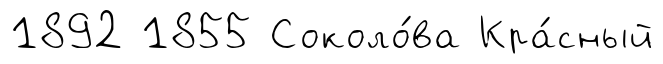
1892 1855 Соколо́ва Кра́сный